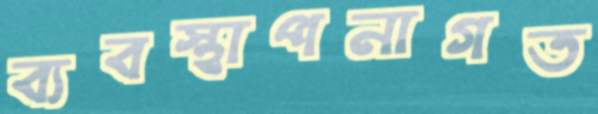
ব্যবস্থাপনাগত